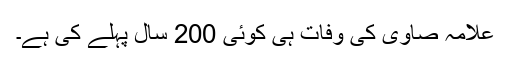
علامہ صاوی کی وفات ہی کوئی 200 سال پہلے کی ہے۔